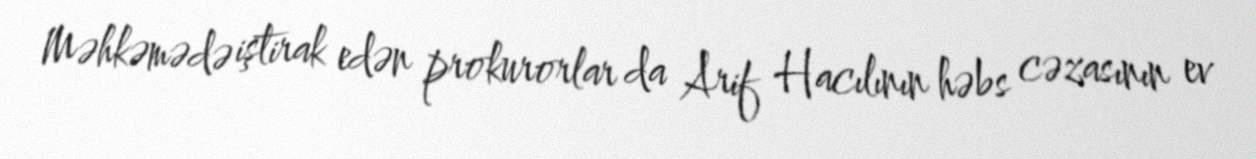
Məhkəmədə iştirak edən prokurorlar da Arif Hacılının həbs cəzasının ev